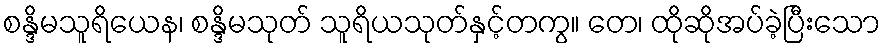
စန္ဒိမသူရိယေန၊ စန္ဒိမသုတ် သူရိယသုတ်နှင့်တကွ။ တေ၊ ထိုဆိုအပ်ခဲ့ပြီးသော